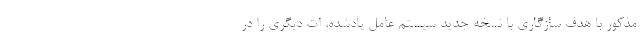
مذکور با هدف سازگاری با نسخه جدید سیستم عامل یادشده، ات دیگری را در